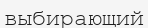
выбирающий